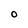
Character: O